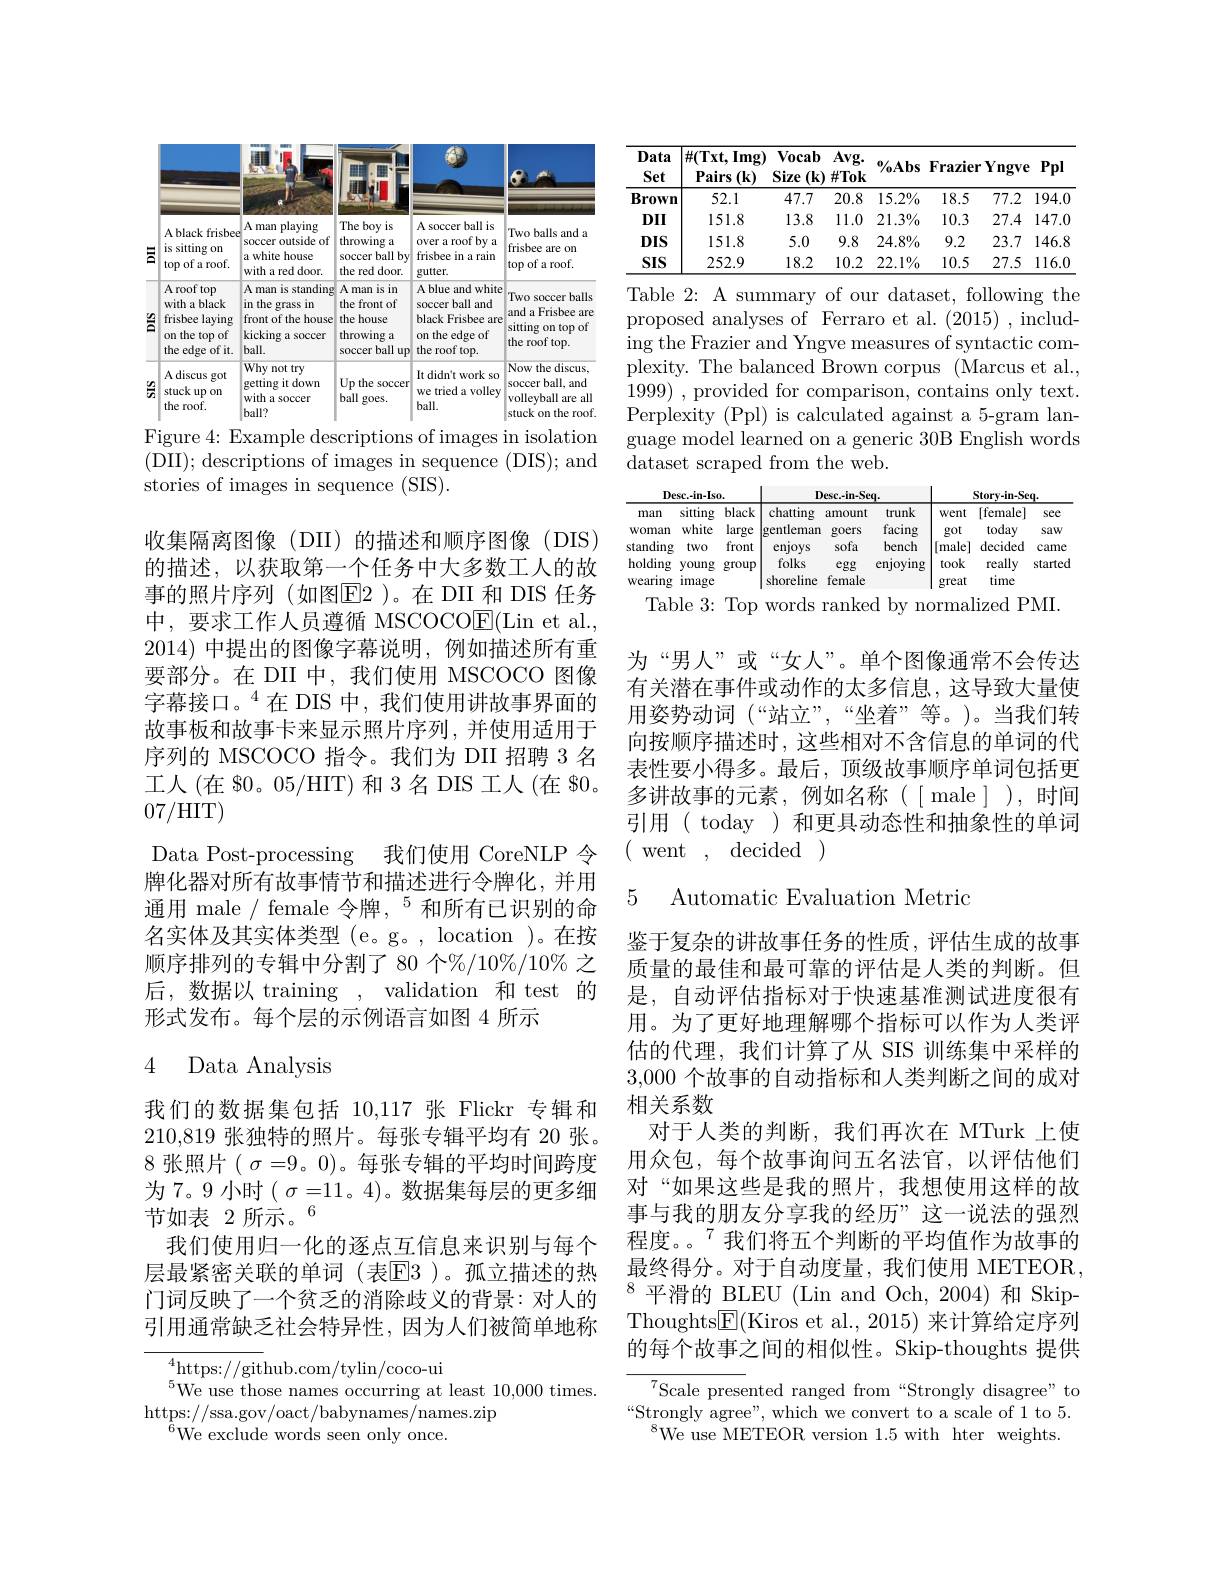
<table>
	<tbody>
		<tr>
			<th>Data Set</th>
			<th>$\#(\mathbf{l}\mathbf{x}\mathbf{t},\mathbf{l}\mathbf{m}\mathbf{g})$ Pairs $(\mathbf{k})$</th>
			<th>$\mathbf{Vocab}$ Size $(\mathbf{k}$</th>
			<th>$\mathbf{Avg}.$ $\#Tok$</th>
			<th>$\%Abs$</th>
			<th>$\mathbf{Frazier}$</th>
			<th>$\cdot Yngve$</th>
			<th>Ppl 1 1 1 1</th>
		</tr>
		<tr>
			<td>Brown</td>
			<td>52.1</td>
			<td>47.7</td>
			<td>20.8</td>
			<td>$15.2\%$</td>
			<td>18.5</td>
			<td>77.2</td>
			<td>194.0</td>
		</tr>
		<tr>
			<td>$DII$</td>
			<td>151.8</td>
			<td>13.8</td>
			<td>11.0</td>
			<td>$21.3\%$</td>
			<td>10.3</td>
			<td>27.4</td>
			<td>147.0</td>
		</tr>
		<tr>
			<td>$DIS$</td>
			<td>151.8</td>
			<td>5.0</td>
			<td>9.8</td>
			<td>$24.8\%$</td>
			<td>9.2</td>
			<td>23.7</td>
			<td>146.8</td>
		</tr>
		<tr>
			<td>SIS</td>
			<td>252.9</td>
			<td>18.2</td>
			<td>10.2</td>
			<td>$22.1\%$</td>
			<td>10.5</td>
			<td>27.5</td>
			<td>116.0 $\frac{1}{2}=\frac{1}{2}=\frac{1}{2}$ $\frac{1}{2}=\frac{1}{2}=\frac{1}{2}$</td>
		</tr>
	</tbody>
</table>
Table 2: A summary of our dataset, following the

proposed analyses of Ferraro et al.(2015) ,including the Frazier and Yngve measures of syntactic complexity. The balanced Brown corpus (Marcus et al., 1999) , provided for comparison, contains only text. Perplexity (Ppl) is calculated against a 5-gram language model learned on a generic 30B English words dataset scraped from the web.

<table>
	<tbody>
		<tr>
			<th colspan="3">$Desc.-in-Iso.$</th>
			<th colspan="3">Desc.-in-Seq.</th>
			<th colspan="3">$\mathbf{Story-in-Seq}.$</th>
		</tr>
		<tr>
			<td>man womam standing holding wearing</td>
			<td>sitting white two young image</td>
			<td>black large front group</td>
			<td>chatting lgentleman enjoys folks shoreline</td>
			<td>amount goers sofa egg female</td>
			<td>trunk facing bench enjoying</td>
			<td>Went got [male] took ereat</td>
			<td>[female] today decided really time</td>
			<td>see saw came started</td>
		</tr>
	</tbody>
</table>
Table 3: Top words ranked by normalized PMI.

<table>
	<tbody>
		<tr>
			<th> </th>
			<th> </th>
			<th>L</th>
			<th>开开 2 - 1 1</th>
			<th>6</th>
			<th>$8e$</th>
		</tr>
		<tr>
			<th>금</th>
			<th>A black frisbee is sitting $0n$ top of a roof.</th>
			<th>A man playing soccer outside of |a white house with a red door.</th>
			<th>The boy is throwing a $\ddot{\text{ball by}}$ soccer the red c $door.$</th>
			<th>A soccer ball is over a roof by a frisbee in a rain gutter.</th>
			<th>Two balls and a frisbee are on top of a roof.</th>
		</tr>
		<tr>
			<td>答</td>
			<td>A roof top with a black frisbee laying on the top of the edge of it.</td>
			<td>A man is standing in the grass in front of the house kicking a soccer $ball.$</td>
			<td>Aman is in the front of the house throwing a soccer ball up</td>
			<td>A blue and white soccer ball and black Frisbee are on the edge of the roof top.</td>
			<td>Two soccer balls and a Frisbee are sitting on top of the roof top.</td>
		</tr>
		<tr>
			<td>$\frac{y_{2}}{x_{2}}$</td>
			<td>A discus got stuck up on the roof.</td>
			<td>Why not try getting it down with a soccer $ball?$</td>
			<td>Up the soccer ball goes.</td>
			<td>It didn't work $<s0$ we tried a volley ball.</td>
			<td>Now the discus, soccer ball, and volleyball a are all stuck on the roof</td>
		</tr>
	</tbody>
</table>

Figure 4: Example descriptions of images in isolation (DII);descriptions of images in sequence (DIS); and stories of images in sequence (SIS).

收集隔离图像(DII)的描述和顺序图像(DIS) 的描述，以获取第一个任务中大多数工人的故事的照片序列(如图E2)。在 DII 和 DIS 任务中，要求工作人员遵循 MSCOCO$\underline{\mathrm{E}}($Lin et al., 2014)中提出的图像字幕说明，例如描述所有重要部分。在 DII 中，我们使用 MSCOCO 图像字幕接口。$^{4}$在 DIS 中，我们使用讲故事界面的故事板和故事卡来显示照片序列，并使用适用于序列的 MSCOCO 指令。我们为 DII 招聘 3 名工人(在 80。05/HIT) 和 3名 DIS 工人(在 $0。07/HIT)
牌化器对所有故事情节和描述进行令牌化，并用通用 male / female 令牌 $,^{5}$和所有已识别的命名实体及其实体类型 (e。g。, location )。在按顺序排列的专辑中分割了 80 个%/10%/10% 之后，数据以 training , validation 和 test 的形式发布。每个层的示例语言如图 4 所示

## 4 Data Analysis

我们的数据集包括 10,117 张 Flickr 专辑和210,819 张独特的照片。每张专辑平均有 20 张。8 张照片$(\sigma=9$。0)。每张专辑的平均时间跨度为 7。9 小时$(\sigma=11$。4)。数据集每层的更多细节如表 2 所示。6
我们使用归一化的逐点互信息来识别与每个层最紧密关联的单词(表$\overline{\mathrm{E}}$3)。孤立描述的热引用通常缺乏社会特异性，因为人们被简单地称

${}^{4}$https://github.com/tylin/coco-ui
$^{5}$We use those names occurring at least 10,000 times.
$\operatorname*{https://ssa.gov/oact/babynames/names.zip}$
$^{6}$We exclude words seen only once.

为“男人”或“女人”。单个图像通常不会传达有关潜在事件或动作的太多信息，这导致大量使用姿势动词 (“站立”,“坐着”等。)。当我们转向按顺序描述时，这些相对不含信息的单词的代表性要小得多。最后，顶级故事顺序单词包括更多讲故事的元素，例如名称([male]),时间引用(today)和更具动态性和抽象性的单词
Data Post-processing 我们使用 CoreNLP 令 ( went , decided )

## 5 Automatic Evaluation Metric

鉴于复杂的讲故事任务的性质，评估生成的故事质量的最佳和最可靠的评估是人类的判断。但是，自动评估指标对于快速基准测试进度很有用。为了更好地理解哪个指标可以作为人类评估的代理，我们计算了从 SIS 训练集中采样的3,000个故事的自动指标和人类判断之间的成对相关系数
对于人类的判断，我们再次在 MTurk 上使用众包，每个故事询问五名法官，以评估他们对“如果这些是我的照片，我想使用这样的故事与我的朋友分享我的经历”这一说法的强烈程度。。$^{7}$我们将五个判断的平均值作为故事的最终得分。对于自动度量，我们使用 METEOR,
门词反映了一个贫乏的消除歧义的背景：对人的$^{8}$平滑的 BLEU(Lin and Och, 2004)和 Skip-
Thoughts$\boxed{\mathrm{F}}($Kiros et al., 2015) 来计算给定序列的每个故事之间的相似性。Skip-thoughts 提供
$^{7}$Scale presented ranged from“Strongly disagree" to

$“$Strongly agree" ,  which we convert to a scale of 1 to 5.
$^{8}$We use METEOR version 1.5 with hter weights.